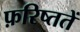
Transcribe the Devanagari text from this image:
फ़रिष्ततें